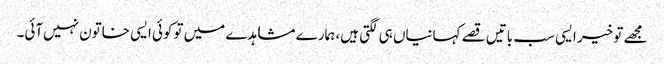
مجھے تو خیر ایسی سب باتیں قصے کہانیاں ہی لگتی ہیں، ہمارے مشاہدے میں توکوئی ایسی خاتون نہیں‌آئی۔